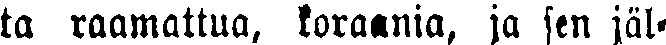
ta raamattua, koraania, ja sen jäl-